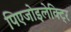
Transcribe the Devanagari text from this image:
पिएजोइलेक्ट्रि